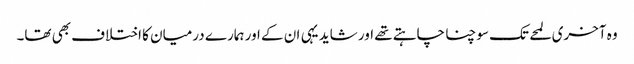
وہ آخری لمحے تک سوچنا چاہتے تھے اور شاید یہی ان کے اور ہمارے درمیان کا اختلاف بھی تھا۔